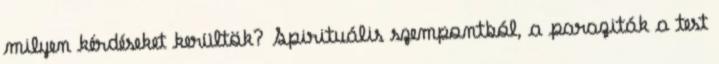
milyen kérdéseket kerültök? Spirituális szempontból, a paraziták a test